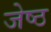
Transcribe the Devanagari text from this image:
जेष्‍ठ